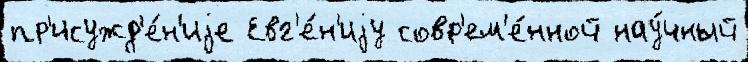
пр'исужд'е́н'иjе Евг'е́н'иjу совр'ем'е́нной нау́чный